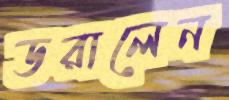
ডরালেন